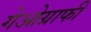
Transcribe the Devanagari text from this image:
गेओग्राफी